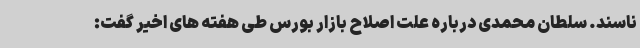
ناسند. سلطان محمدی درباره علت اصلاح بازار بورس طی هفته های اخیر گفت: